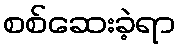
စစ်ဆေးခဲ့ရာ